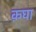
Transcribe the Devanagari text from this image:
क़घा